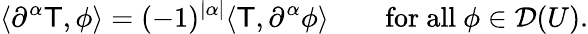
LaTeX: \langle\partial^{\alpha}\mathsf{T},\phi\rangle=(-1)^{|\alpha|}\langle\mathsf{T},\partial^{\alpha}\phi\rangle\qquad{\mathrm{{for~all~}}}\phi\in{\mathcal{{D}}}(U).